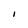
Character: i